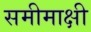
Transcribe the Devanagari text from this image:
समीमाक्षी